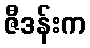
ဇီဒန်းက